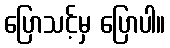
ပြောသင့်မှ ပြောပါ။